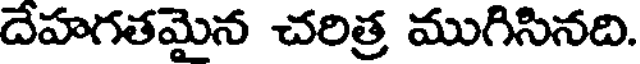
దేహగతమైన చరిత్ర ముగిసినది.